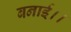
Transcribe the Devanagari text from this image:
बनाई।।